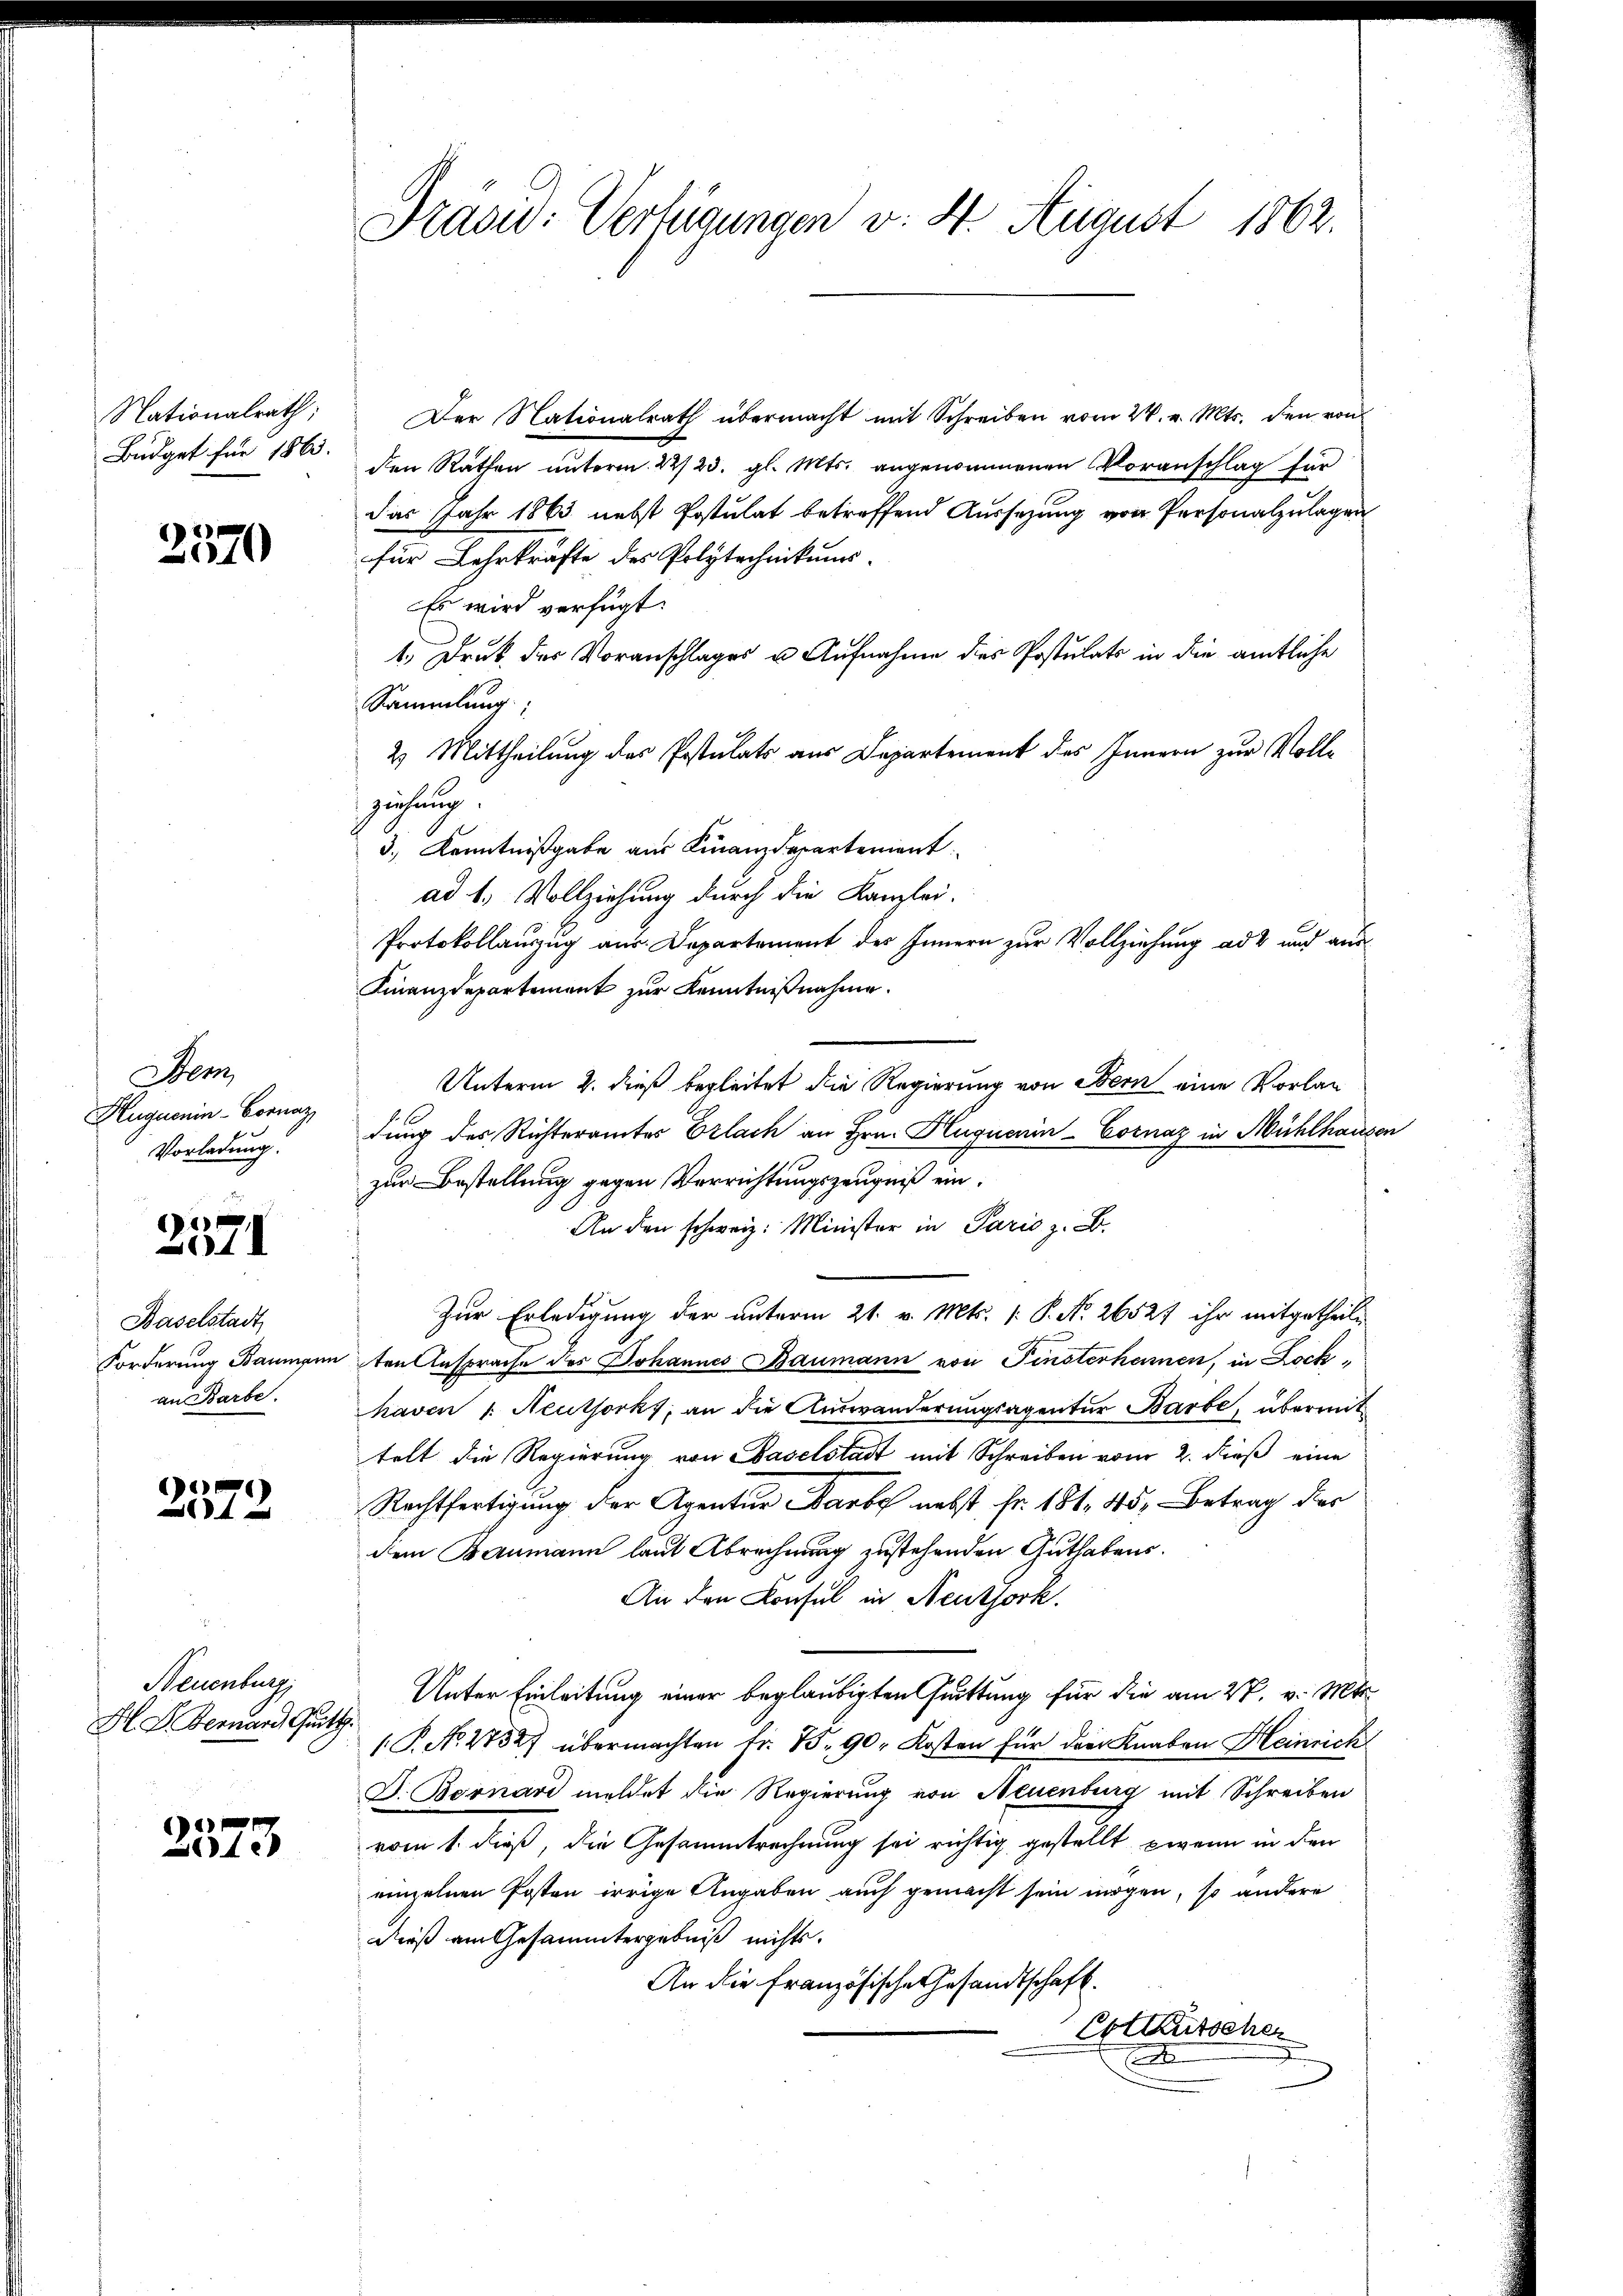
Nationalrath;
Büdget für 1863.

2370

Herz
Huguenin-Cornaz,
Vorladung.

e
1

Baselstadt
an Barbe.

2572

Neuenburg,
H. L. Bernard Quitt.

2573

Präsid. Verfügungen v. 4. August 1862.

Der Nationalrath übermacht mit Schreiben vom 24. v. Mts. den von
den Rathen unterm 22/23. gl. Mts. angenommenen Voranschlag für
das Jahr 1863 nebst Postulat betreffend Aussezung von Personalzulagen
für Lehrkräfte des Polytechnikums-
Es wird verfügt:
1.) Druck des Voranschlages u. Aufnahme des Postulats in die amtliche
Sammlung:
2) Mittheilung des Postulats aus Departement des Innern zur Vollziehung.
3.) Kenntnißgabe aus Finanzdepartement
ad 1. Vollziehung durch die Kanzlei-
Protokollauszug aus Departement des Innern zur Vollziehung ad 2 und aus¬
Finanzdepartement zur Kenntnißnahme.
Unterm 2. dieß begleitet die Regierung von Bern eine Vorlan
dung des Richteramtes Erlach an Hrn. Huguenin-Cornaz in Mühlhausen
zur Bestellung gegen Verrichtungszeugniß ein¬
An den schweiz. Minister in Paris z. B.
Zur Erledigung der unterm 21. v. Mts. (: P. Nr. 26527 ihr mitgetheile
Forderung Baumenten Ansprache des Johannes Baumann von Finsterhamen, in Lock-
haven 1. Neuthorks, an die Auswanderungsagentur Barbe, übermit
telt die Regierung von Baselstadt mit Schreiben vom 2. dieß eine
Rechtfertigung der Agentur arbe nebst Fr. 181. 45, Betrag der
dem Baumann laut Abrechnung zustehenden Guthabens.
An den Consul in Neuthork.
Unter Einleitung einer beglaubigten Quittung für die am 27. v. Mts.
( P. No. 27527 übermachten Fr. 75. 90. Kosten für die Knaben Heinrich
D. Bernard meldet die Regierung von Neuenburg mit Schreiben
vom 1. dieß, die Gesammtrechnung sei richtig gestellt, zweim in den
einzelnen Posten irrige Angaben auch gemacht sein mögen, so andere
dieß am Gesammtergebniß nichts.
An die Französische Gesandtschaft.
Exteutscher
.